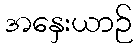
အနှေးယာဉ်